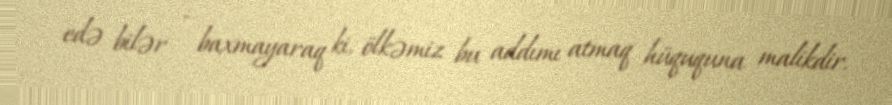
edə bilər - baxmayaraq ki, ölkəmiz bu addımı atmaq hüququna malikdir.